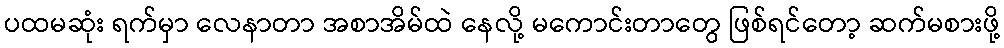
ပထမဆုံး ရက်မှာ လေနာတာ အစာအိမ်ထဲ နေလို့ မကောင်းတာတွေ ဖြစ်ရင်တော့ ဆက်မစားဖို့